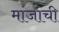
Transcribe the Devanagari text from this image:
मांजाची